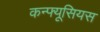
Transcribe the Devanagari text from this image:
कन्फ्यूसियस